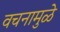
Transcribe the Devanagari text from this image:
वचनामुळे